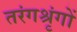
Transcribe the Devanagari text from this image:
तरंगश्रृंगों